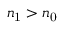
n _ { \mathrm { 1 } } > n _ { \mathrm { 0 } }